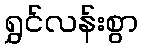
ရွှင်လန်းစွာ